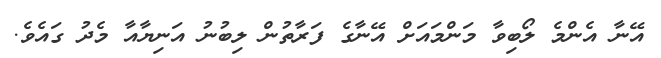
އޭނާ އެންމެ ލޯބިވާ މަންމައަށް އޭނާގެ ފަރާތުން ލިބުނު އަނިޔާއާ މެދު ގައެވެ.